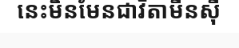
នេះមិនមែនជាវីតាមីនស៊ី